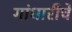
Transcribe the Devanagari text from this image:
गांधारीचे